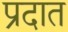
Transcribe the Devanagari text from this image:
प्रदात